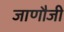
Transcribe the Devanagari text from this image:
जाणौजी